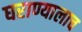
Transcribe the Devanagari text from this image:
घराण्यालाच